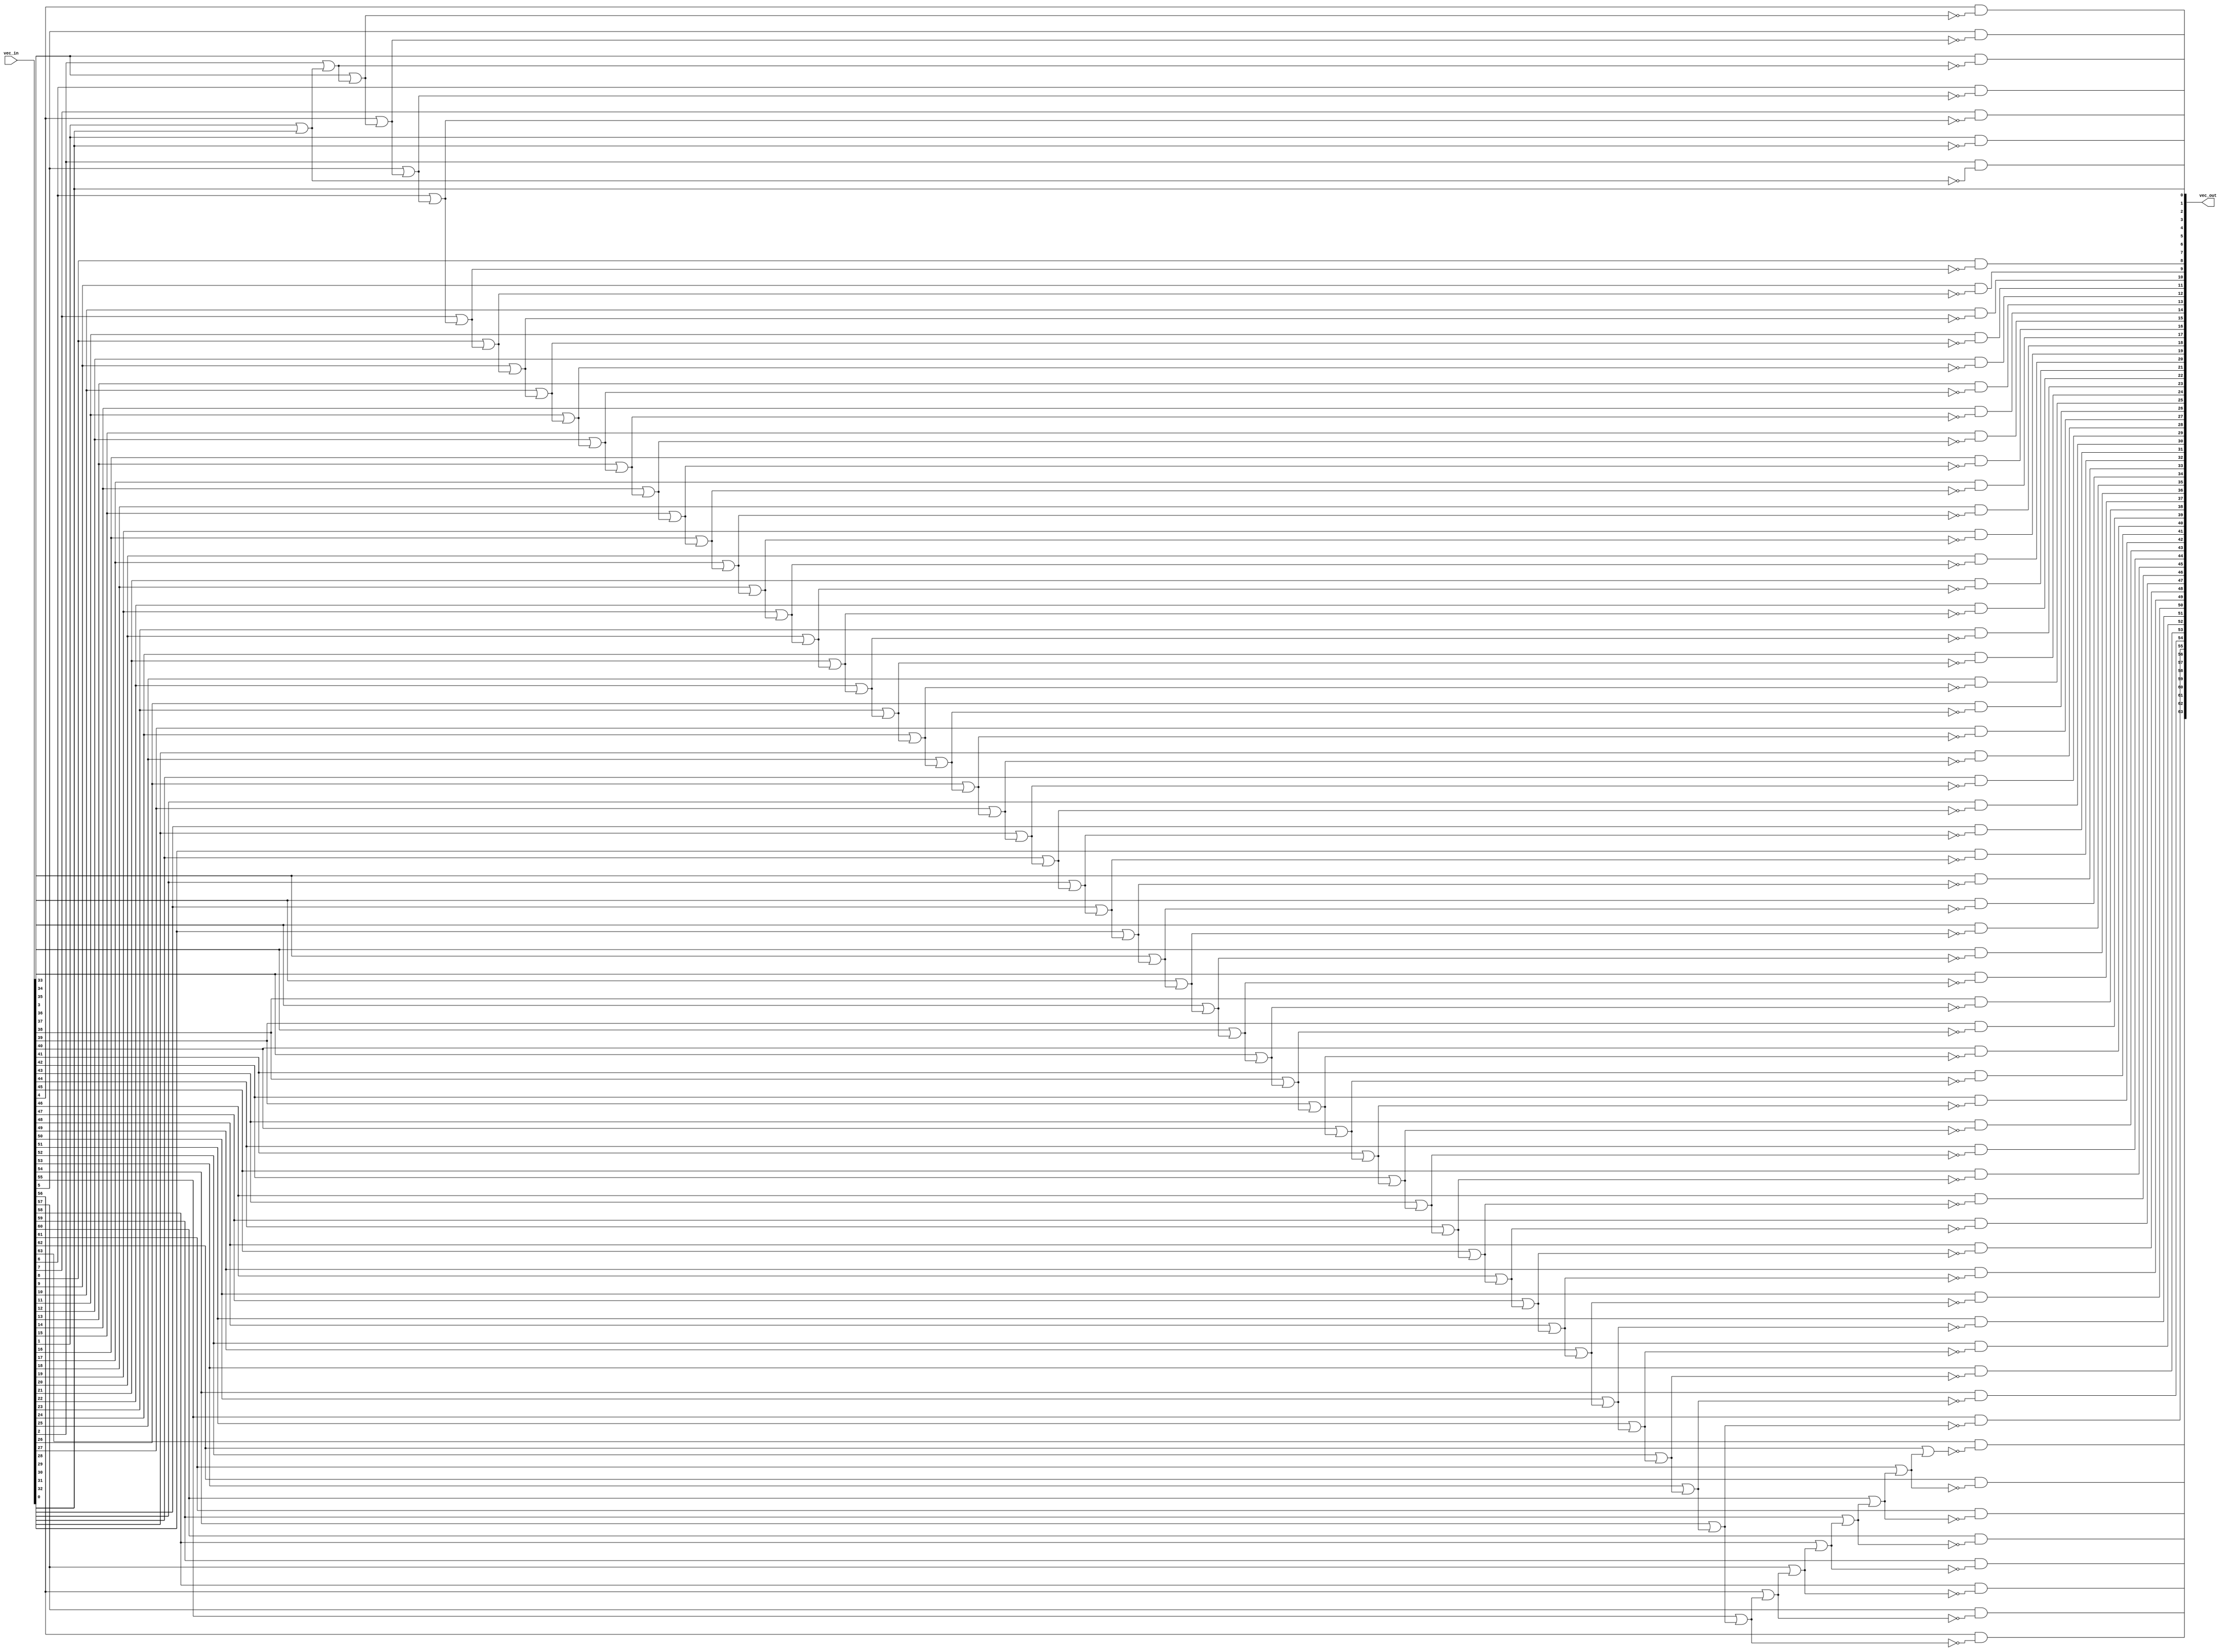
module iobdg_findfirst (/*AUTOARG*/
   // Outputs
   vec_out, 
   // Inputs
   vec_in
   );

// synopsys template

   parameter VEC_WIDTH = 64;
   
////////////////////////////////////////////////////////////////////////
// Signal declarations
////////////////////////////////////////////////////////////////////////
   input [VEC_WIDTH-1:0]     vec_in;
   output [VEC_WIDTH-1:0]    vec_out;
   reg [VEC_WIDTH-1:0]       vec_out;
   
   reg [VEC_WIDTH-1:0]       selected;
   
   integer 		      i;

   
////////////////////////////////////////////////////////////////////////
// Code starts here
////////////////////////////////////////////////////////////////////////
   always @(vec_in or selected)
     begin
     	selected[0] = vec_in[0];
	vec_out[0] = vec_in[0];
	for (i=1; i<VEC_WIDTH; i=i+1)
	  begin
	     selected[i] = vec_in[i] | selected[i-1];
	     vec_out[i] = vec_in[i] & ~selected[i-1];
	  end
     end

endmodule